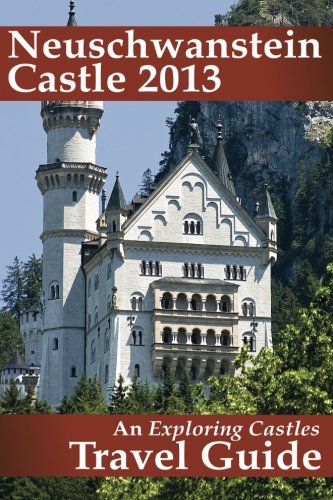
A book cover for Neuschwanstein Castle 2013: An Exploring Castles Travel Guide; Edd Morris; Travel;